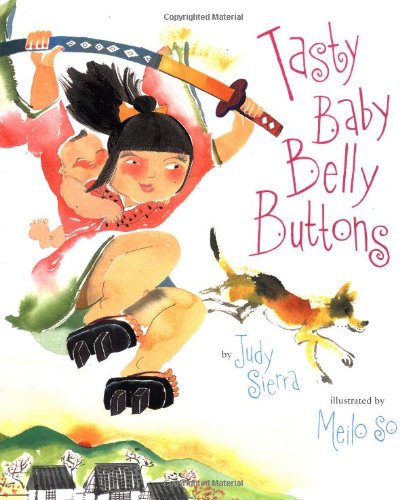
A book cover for Tasty Baby Belly Buttons; Judy Sierra; Children's Books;